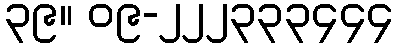
၃၉။ ၀၉-၂၂၂၃၃၃၄၄၄